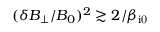
( \delta B _ { \perp } / B _ { 0 } ) ^ { 2 } \gtrsim 2 / \beta _ { \mathrm { i 0 } }